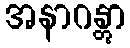
အနာဂန္တွာ